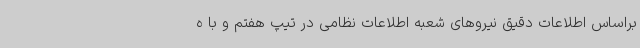
براساس اطلاعات دقیق نیروهای شعبه اطلاعات نظامی در تیپ هفتم و با ه